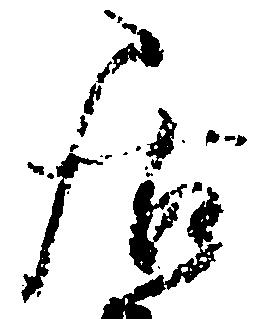
居